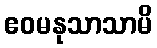
ဧဝမနုသာသာမိ